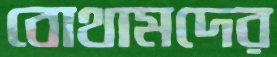
বোথামদের